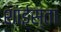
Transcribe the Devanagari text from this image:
शाईस्ता